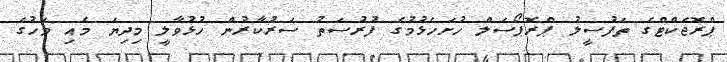
ޕްރޮޖެކްޓްގެ ތަފުސީލު ޕްރޮޕޯސަލް ހުށަހެޅުމުގެ ފުރުސަތު ސަރުކާރުން ހުޅުވާލީ މިދިޔަ މެއި މަހުގެ